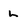
Character: L